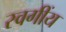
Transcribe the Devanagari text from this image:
स्वगींय